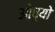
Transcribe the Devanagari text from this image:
ओव्यो